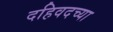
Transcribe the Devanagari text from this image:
दहिवदच्या